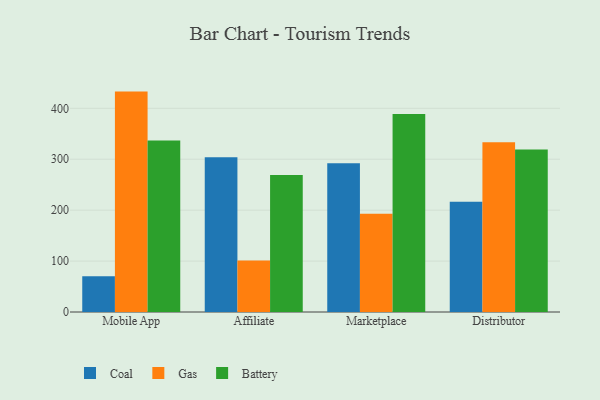
{"axis": {"x": "Channel", "y": "Budget (USD K)"}, "legend": ["Battery", "Coal", "Gas"], "data": [{"x": "Mobile App", "y": 70.3, "type": "Coal"}, {"x": "Mobile App", "y": 432.8, "type": "Gas"}, {"x": "Mobile App", "y": 336.8, "type": "Battery"}, {"x": "Affiliate", "y": 303.8, "type": "Coal"}, {"x": "Affiliate", "y": 101.1, "type": "Gas"}, {"x": "Affiliate", "y": 268.8, "type": "Battery"}, {"x": "Marketplace", "y": 292.1, "type": "Coal"}, {"x": "Marketplace", "y": 192.9, "type": "Gas"}, {"x": "Marketplace", "y": 388.8, "type": "Battery"}, {"x": "Distributor", "y": 216.4, "type": "Coal"}, {"x": "Distributor", "y": 333.2, "type": "Gas"}, {"x": "Distributor", "y": 319.2, "type": "Battery"}]}